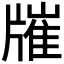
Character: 𤗯